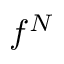
f ^ { N }